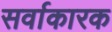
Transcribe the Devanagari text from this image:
सर्वाकारक